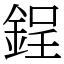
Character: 鋥